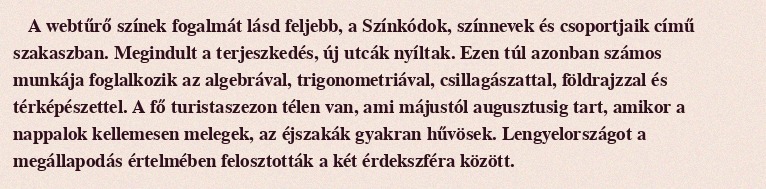
A webtűrő színek fogalmát lásd feljebb, a Színkódok, színnevek és csoportjaik című szakaszban. Megindult a terjeszkedés, új utcák nyíltak. Ezen túl azonban számos munkája foglalkozik az algebrával, trigonometriával, csillagászattal, földrajzzal és térképészettel. A fő turistaszezon télen van, ami májustól augusztusig tart, amikor a nappalok kellemesen melegek, az éjszakák gyakran hűvösek. Lengyelországot a megállapodás értelmében felosztották a két érdekszféra között.